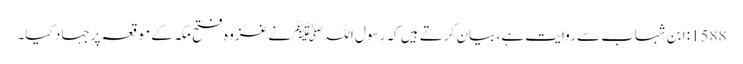
1588: ابن شہاب سے روایت ہے ، بیان کرتے ہیں کہ رسول اللہﷺ نے غزوہ فتح مکہ کے موقعہ پر جہاد کیا۔